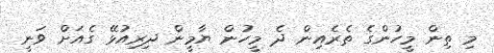
މި ތިން މީހުންގެ ތެރެއިން ދެ މީހުން ޔާމީން ދިރިއުޅޭ ގެއަށް ވަނީ